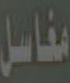
مغاسل